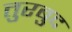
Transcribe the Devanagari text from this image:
तुरबुद